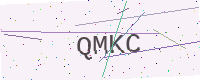
Text: QMKC